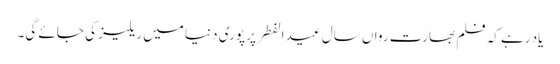
یاد رہے کہ فلم بھارت رواں سال عید الفطر پر پوری دنیا میں ریلیز کی جائے گی۔